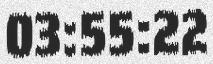
03:55:22